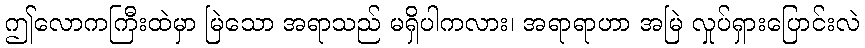
ဤလောကကြီးထဲမှာ မြဲသော အရာသည် မရှိပါကလား၊ အရာရာဟာ အမြဲ လှုပ်ရှားပြောင်းလဲ